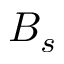
B _ { s }